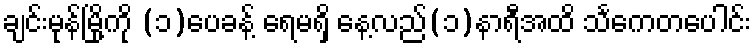
ချင်းမုန်မြို့ကို (၁)ပေခန့် ရေမရှိ နေ့လည်(၁)နာရီအထိ သင်္ကေတပေါင်း